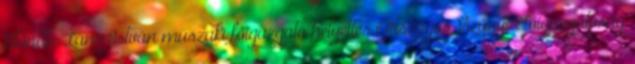
Előadó: Láng István műszaki főigazgató helyettes Országos Vízügyi Főigazgatóság